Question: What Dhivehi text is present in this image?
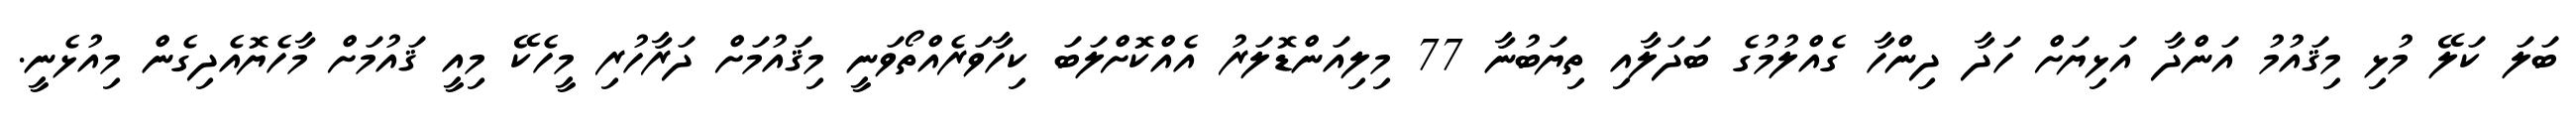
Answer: ބަލަ ކަލޭ މުޅި މިޤައުމު އަންދާ އަޅިޔަށް ހަދާ ދިންހާ ގެއްލުމުގެ ބަދަލާއި ތިޔަބުނާ 77 މިލިއަންޑޮލަރު އެއްކޮށްލަބަ ކިހާވަރެއްތޯވަނީ މިޤައުމަށް ދަރާހުރި މީހެކޭ މިއީ ޤައުމަށް މާހެޔޮއެދިގެން މިއުޅެނީ.